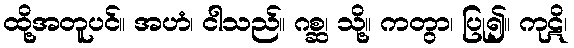
ထို့အတူပင်။ အဟံ၊ ငါသည်။ ဂစ္ဆ၊ သို့။ ကတွာ၊ ပြု၍။ ကုဋိ၊